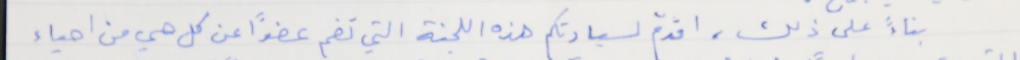
بناءً على ذلك، اقدمَ لسيادتكم هذه اللجنة التي تضم عضوًا عن كل حي من احياء